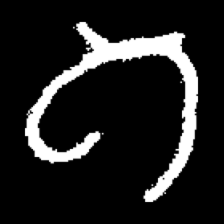
Pyu character \u2014 Myanmar letter: ဂ (romanized: ga)